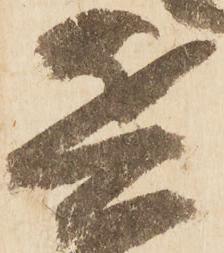
兵